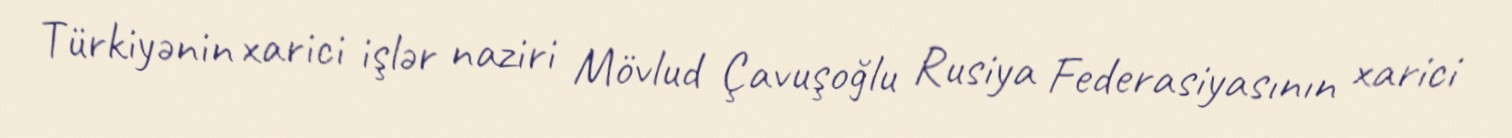
Türkiyənin xarici işlər naziri Mövlud Çavuşoğlu Rusiya Federasiyasının xarici